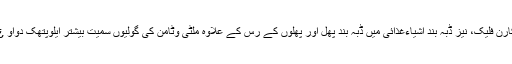
بسکٹ اور کیک سمیت بیشتر بیکری اشیاءٹوتھ پیسٹ، سیونگ کریم، چیونکم، چاکلیٹ ‘ٹافی اور کارن فلیک، نیز ڈبہ بند اشیاءغذائی میں ڈبہ بند پھل اور پھلوں کے رس کے علاوہ ملٹی وٹامن کی گولیوں سمیت بیشتر ایلوپتھک دواو ¿ں کے ٹانکوں میں دیگر اجزاءکے علاوہ جو چیز لازماً شامل ہو تی ہے وہ خنزیر کی چربی ہے۔